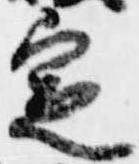
定